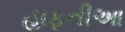
હાફનીઆ